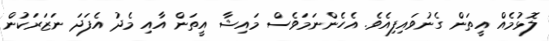
ލޮޅުމެއް އީތަން ގެނުވައިފިއެވެ. އެހެންނަމަވެސް މައިޝާ އީތަން އާއި މެދު އެފަދަ ނަޒަރަކުން